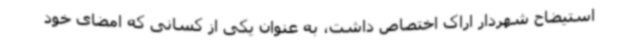
استیضاح شهردار اراک اختصاص داشت، به عنوان یکی از کسانی که امضای خود